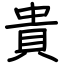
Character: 貴